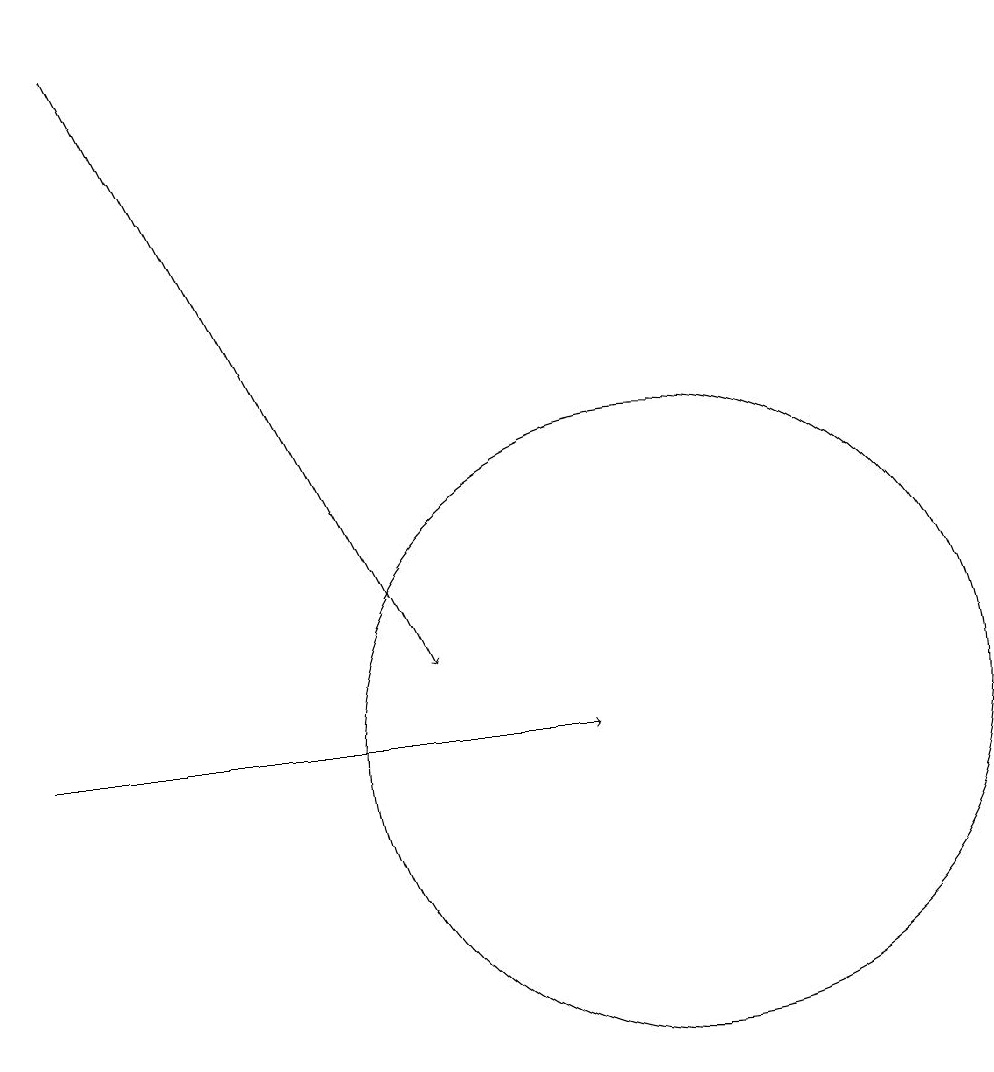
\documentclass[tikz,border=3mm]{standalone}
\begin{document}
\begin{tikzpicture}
\draw[->] (3,19) -- (7,11);
\draw (10,10) circle (4);
\draw[->] (2,10) -- (9,10);
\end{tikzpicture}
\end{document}